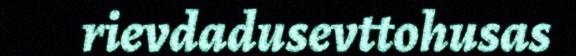
rievdadusevttohusas